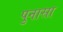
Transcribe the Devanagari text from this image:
पुनासा